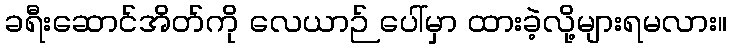
ခရီးဆောင်အိတ်ကို လေယာဉ် ပေါ်မှာ ထားခဲ့လို့များရမလား။